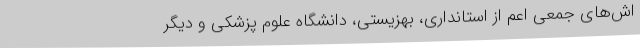
اش‌های جمعی اعم از استانداری، بهزیستی، دانشگاه علوم پزشکی و دیگر